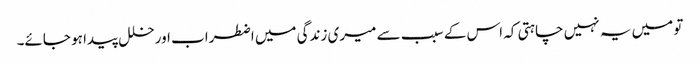
تو میں یہ نہیں چاہتی کہ اس کے سبب سے میری زندگی میں اضطراب اور خلل پیدا ہو جائے۔